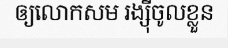
ឲ្យលោកសម រង្ស៊ីចូលខ្លួន